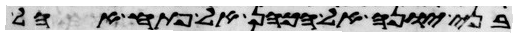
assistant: בני יונה אל הכהן אל פתח אהל